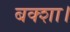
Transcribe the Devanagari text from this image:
बक्शा।